65_HS1-834228961_62-HQ-83894_Section_8
Agency: FBI
Page 127
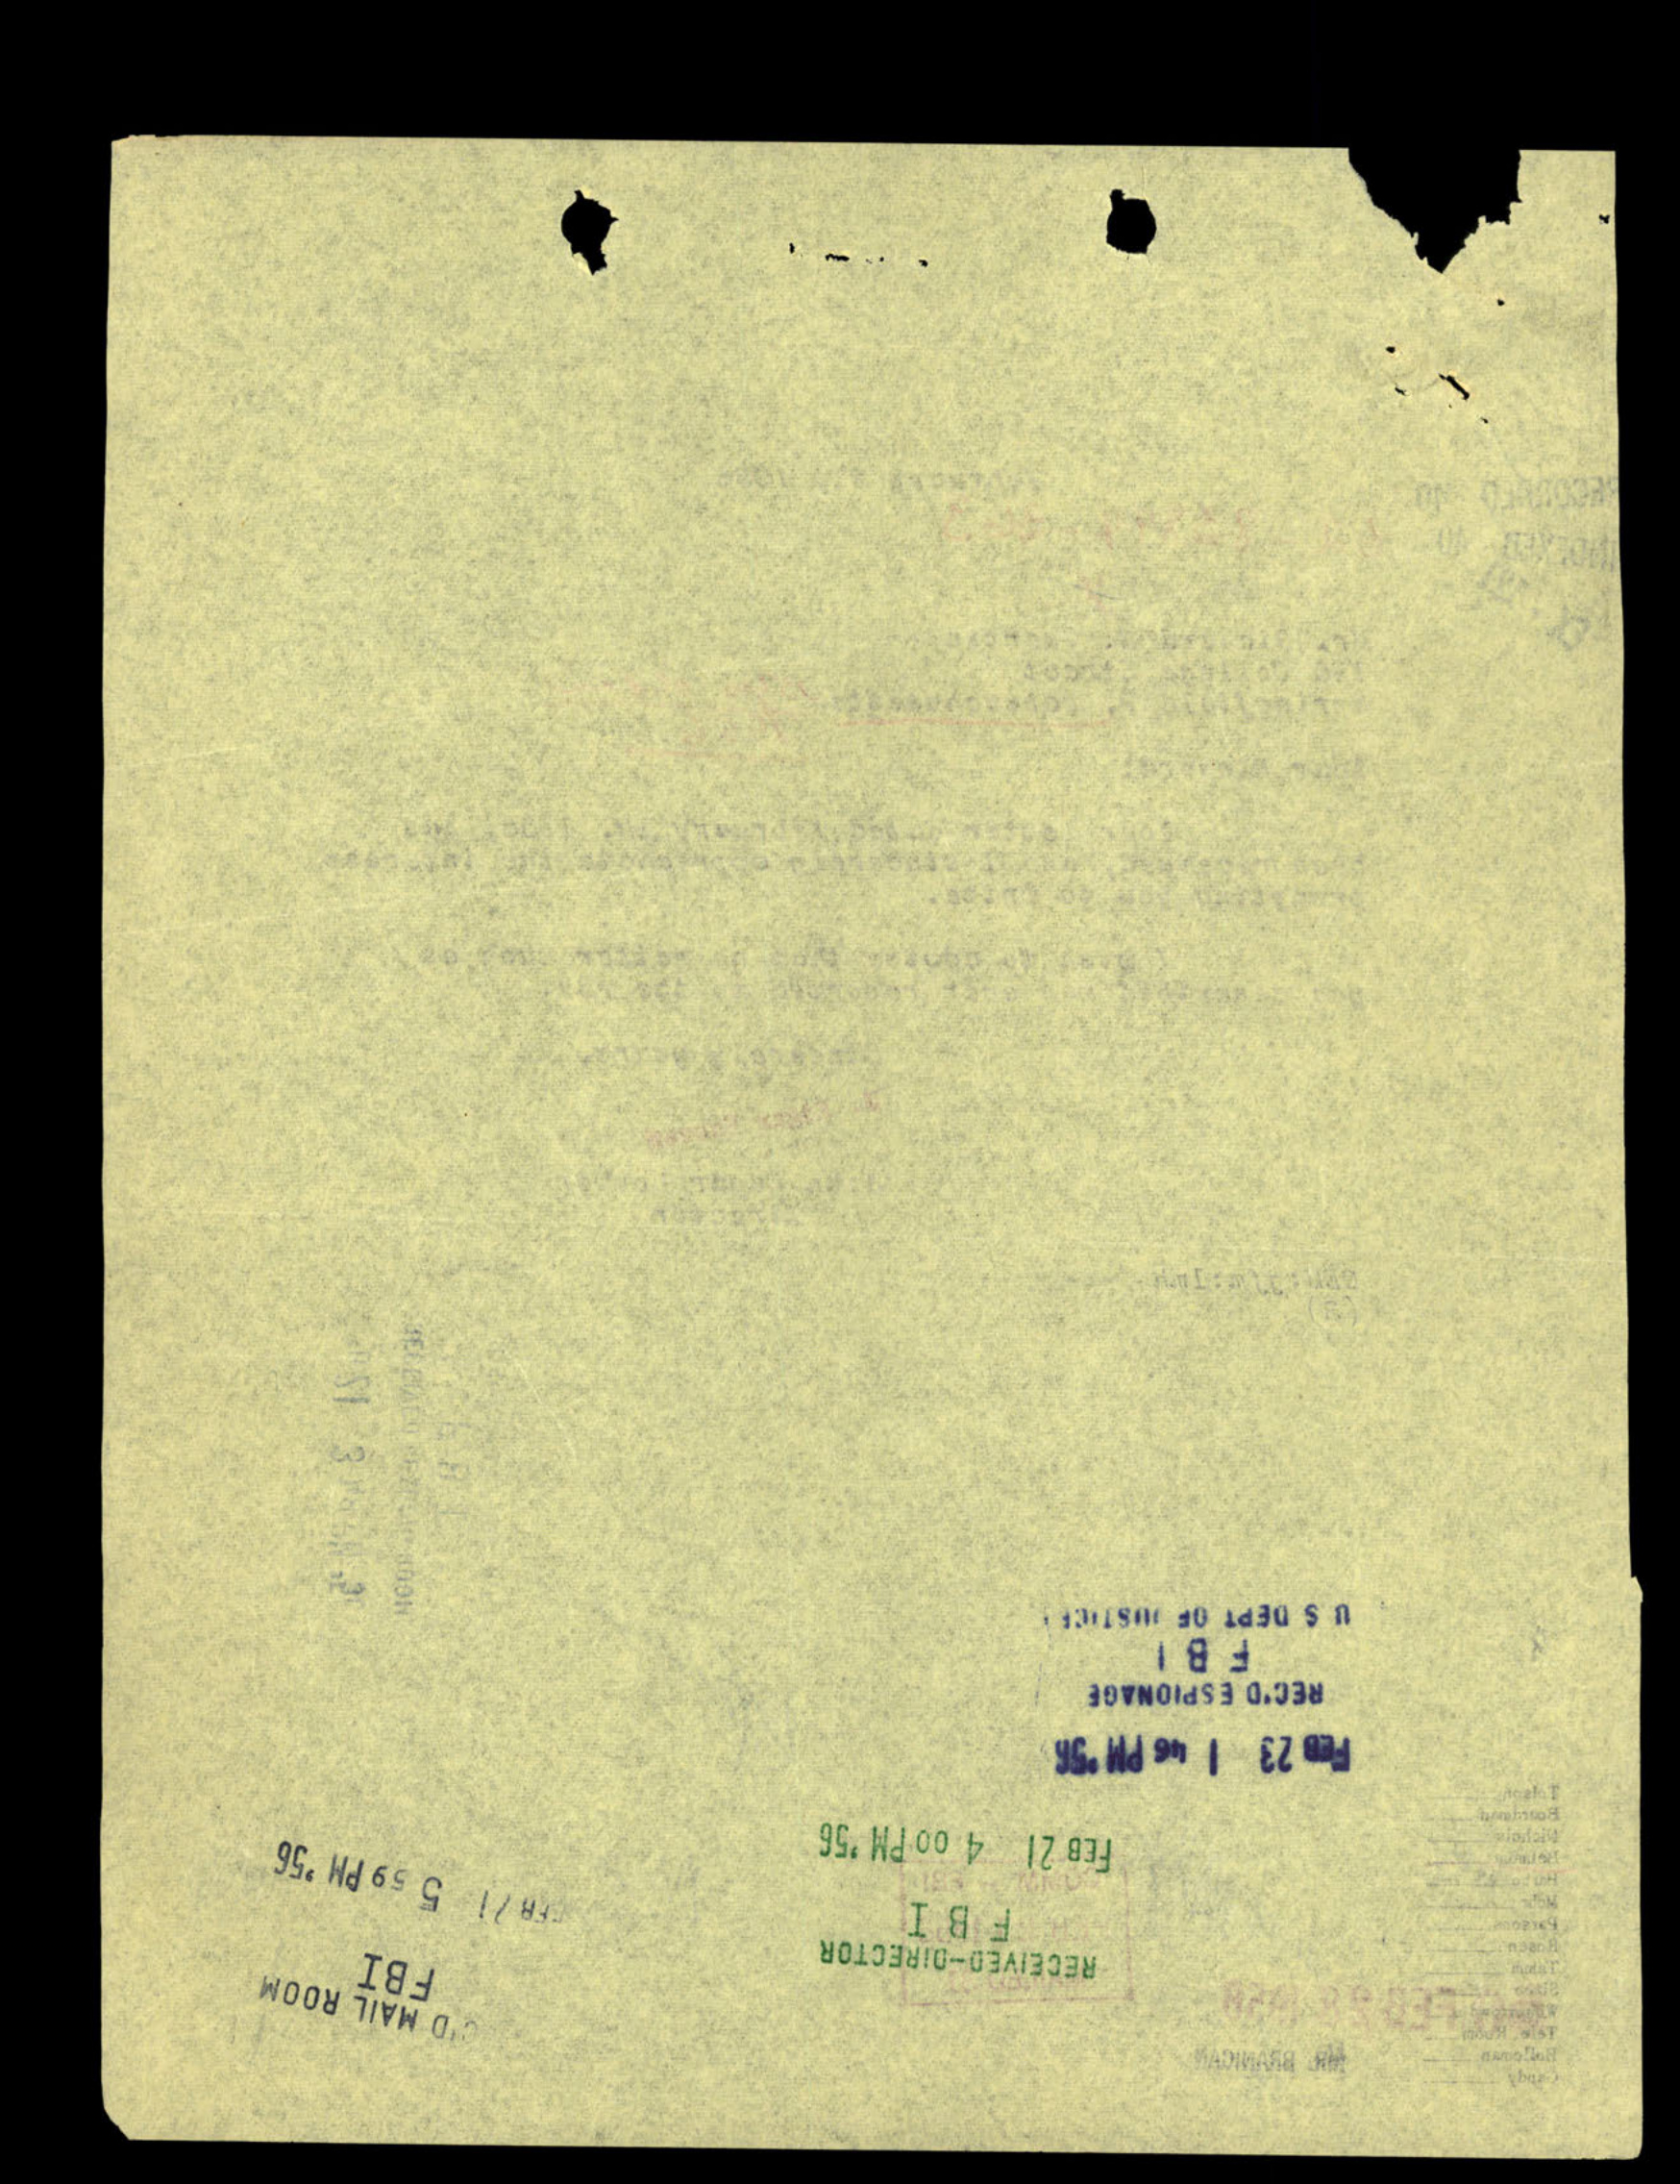